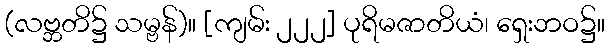
(လဗ္ဘတိ၌ သမ္ဗန်)။ [ကျမ်း ၂၂၂] ပုရိမဇာတိယံ၊ ရှေးဘဝ၌။